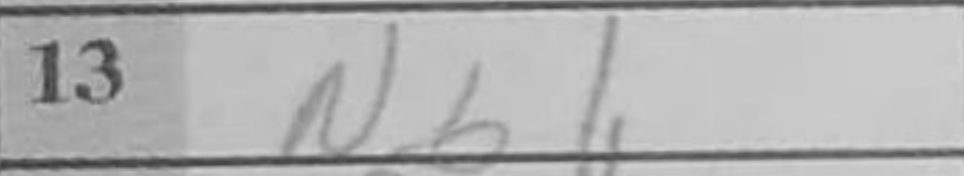
Transcription: Nb1